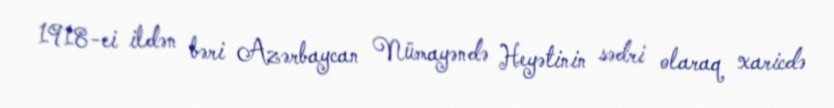
1918-ci ildən bəri Azərbaycan Nümayəndə Heyətinin sədri olaraq xaricdə